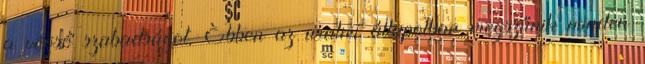
a végső szabadságot. Ebben az uralmi állapotban megszűnik minden